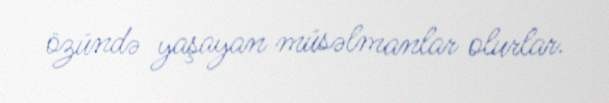
özündə yaşayan müsəlmanlar olurlar.